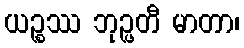
ယဉ္စဿ ဘုဉ္ဖတီ မာတာ၊